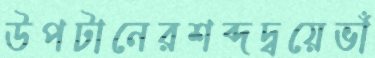
উপটানেরশব্দদ্বয়েভাঁ